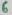
Text: 6